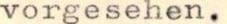
vorgesehen.